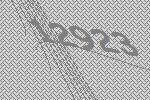
12923